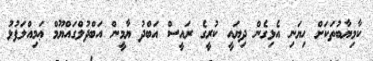
ކާމިޔާބުތަކަށް ހިޔަނި އެޅިގެން ދިޔައީ ކުރީގެ ރައީސް އަބްދު ޔާމީން އަބްދުލްގައްޔޫމް ޢަމިއްލަފުޅު